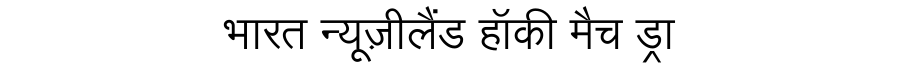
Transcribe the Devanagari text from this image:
भारत न्यूज़ीलैंड हॉकी मैच ड्रा